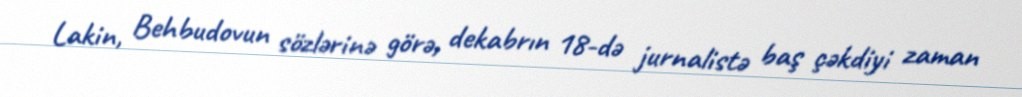
Lakin, Behbudovun sözlərinə görə, dekabrın 18-də jurnalistə baş çəkdiyi zaman